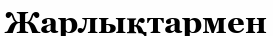
Жарлықтармен